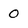
Character: 0